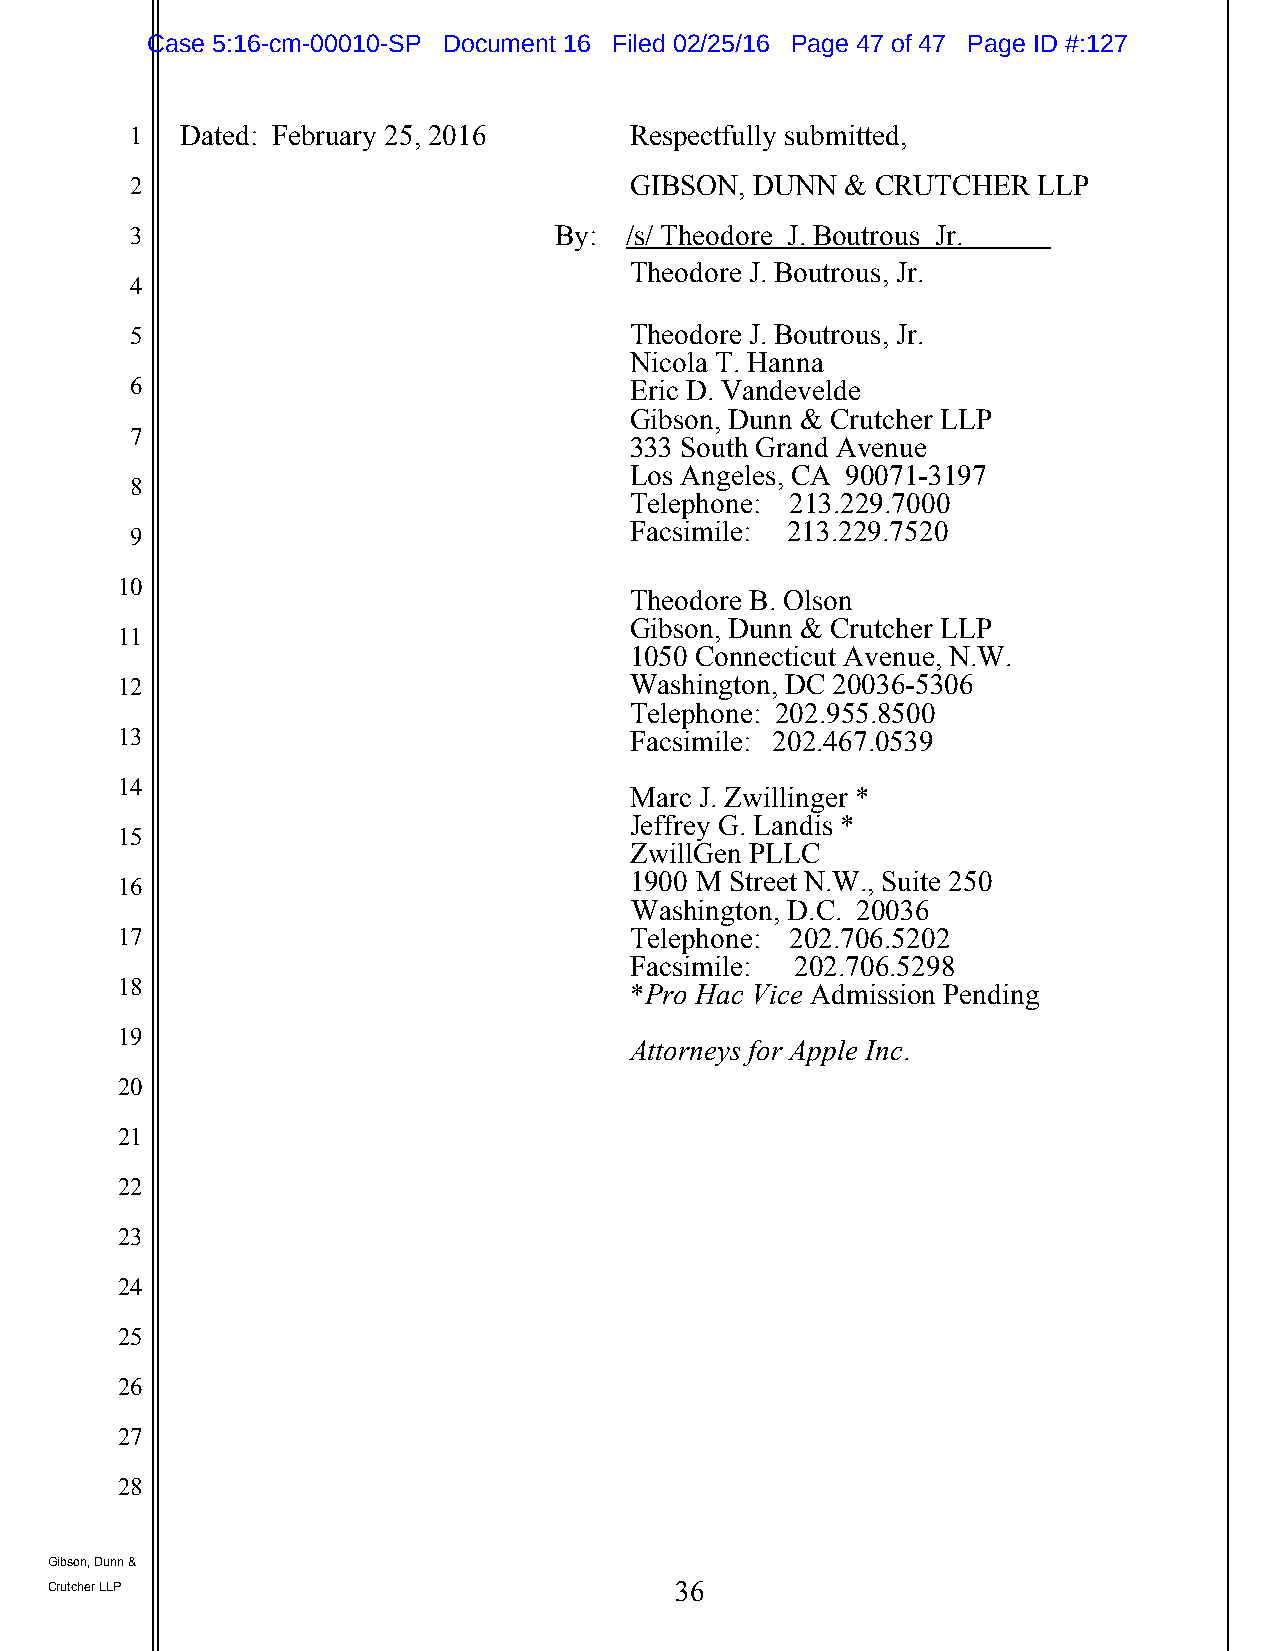
Case 5:16-cm-00010-SP Document 16 Filed 02/25/16 Page 47 of 47 Page ID #:127
 1  Dated: February 25, 2016      Respectfully submitted,
 2                                GIBSON, DUNN  & CRUTCHER   LLP
 3                           By: /s/ Theodore J. Boutrous Jr.
 Theodore J. Boutrous, Jr.
 4
 5                                Theodore J. Boutrous, Jr.
 Nicola T. Hanna
 6                                Eric D. Vandevelde
 Gibson, Dunn & Crutcher LLP
 7
 333 South Grand Avenue
 Los Angeles, CA 90071-3197
 8
 Telephone: 213.229.7000
 Facsimile: 213.229.7520
 9
 10
 Theodore B. Olson
 Gibson, Dunn & Crutcher LLP
 11
 1050 Connecticut Avenue, N.W.
 12                                Washington, DC 20036-5306
 Telephone: 202.955.8500
 13                                Facsimile: 202.467.0539
 14
 Marc J. Zwillinger *
 Jeffrey G. Landis *
 15
 ZwillGen PLLC
 1900 M Street N.W., Suite 250
 16
 Washington, D.C. 20036
 17                                Telephone: 202.706.5202
 Facsimile: 202.706.5298
 18                                *Pro Hac Vice Admission Pending
 19
 Attorneys for Apple Inc.
 20
 21
 22
 23
 24
 25
 26
 27
 28
 Gibson, Dunn &
 Crutcher LLP                              36